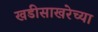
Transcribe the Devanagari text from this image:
खडीसाखरेच्या